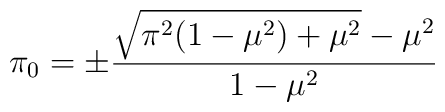
\pi_0=\pm\frac{\sqrt{\pi^2(1-\mu^2)+\mu^2}-\mu^2}{1-\mu^2}